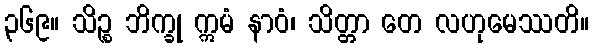
၃၆၉။ သိဉ္စ ဘိက္ခု ဣမံ နာဝံ၊ သိတ္တာ တေ လဟုမေဿတိ။